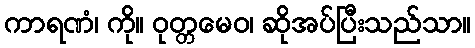
ကာရဏံ၊ ကို။ ဝုတ္တမေဝ၊ ဆိုအပ်ပြီးသည်သာ။